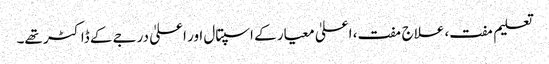
تعلیم مفت، علاج مفت، اعلیٰ معیار کے اسپتال اور اعلیٰ درجے کے ڈاکٹر تھے۔